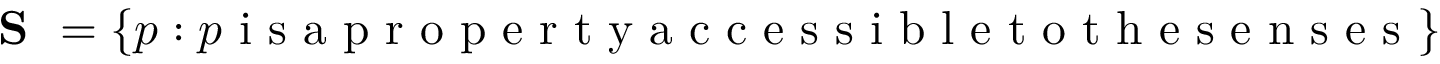
\textbf { S } = \{ p : p \textnormal { i s a p r o p e r t y a c c e s s i b l e t o t h e s e n s e s } \}